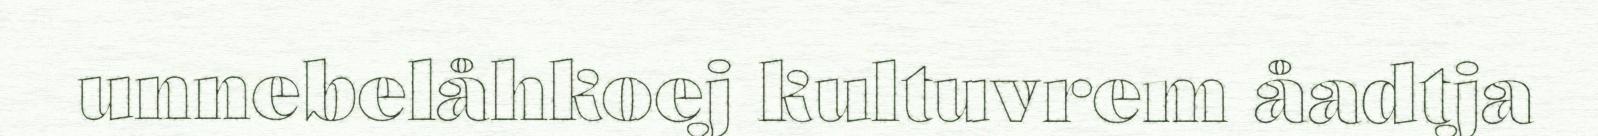
unnebelåhkoej kultuvrem åadtja